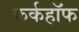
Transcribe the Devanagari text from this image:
कर्कहॉफ